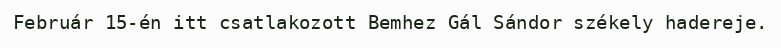
Február 15-én itt csatlakozott Bemhez Gál Sándor székely hadereje.